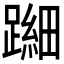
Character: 𬧐